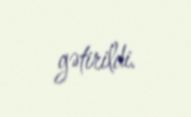
gətirildi.